Vaccine operations Central Provinces & Berar 1912-1920 - 1912-1920
Year: 1912
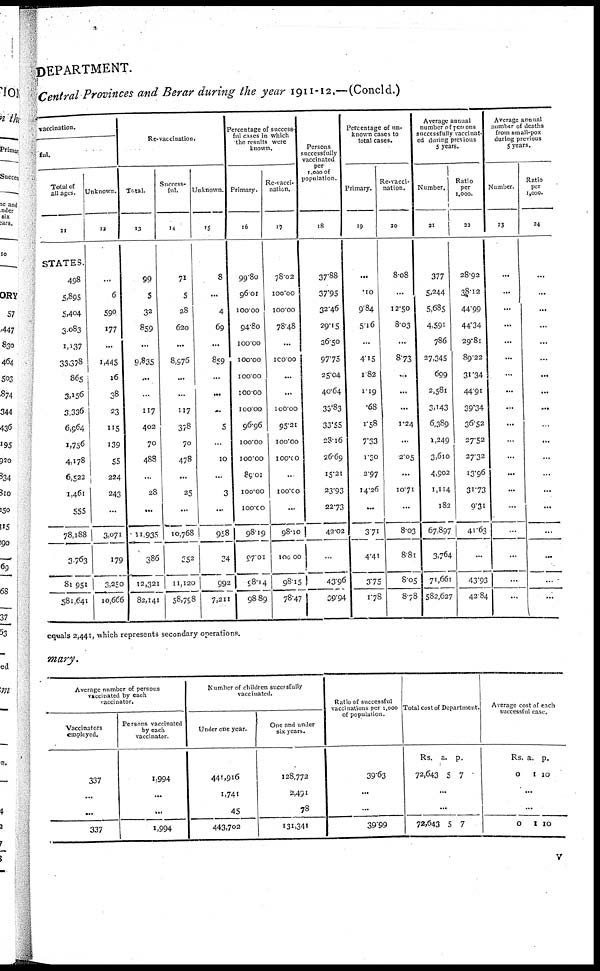
DEPARTMENT.
Central Provinces and Berar during the year 1911-12.—(Concld.)
vaccination.
ful.
Total of
all ages.
11
STATES.
498
5,895
5,404
3,083
1,137
33,378
865
3,156
3,336
6,564
1,756
4,178
6,522
1,461
555
78,188
3,763
81,951
581,641
Unknown.
12
...
6
590
177
...
1,445
16
38
23
115
139
55
224
243
...
3,071
179
3,250
10,666
Re-vaccination.
Total.
13
99
5
32
859
...
9,835
...
...
117
402
70
488
...
28
...
11,935
386
12,321
82,141
Success-
ful.
14
71
5
28
620
...
8,976
...
...
117
378
70
478
...
25
...
10,768
352
11,120
58,798
Unknown.
15
8
...
4
69
...
859
...
...
...
5
...
10
...
3
...
958
34
992
7,211
Percentage of success-
ful cases in which
the results were
known.
Primary.
16
99.80
96.01
100.00
94.80
100.00
100.00
100.00
100.00
100.00
96.96
100.00
100.00
89.01
100.00
100.00
98.19
97.01
98.14
98.89
Re-vacci-
nation.
17
78.02
100.00
100.00
78.48
...
100.00
...
...
100.00
95.21
100.00
100.00
...
100.00
...
98.10
100.00
98.15
78.47
Persons
successfully
vaccinated
per
1,000 of
population.
18
37.88
37.95
32.46
29.15
36.50
97.75
25.04
40.64
33.83
33.55
28.16
26.69
15.21
23.93
22.73
42.02
...
43.96
39.94
Percentage of un-
known cases to
total cases.
Primary.
19
...
.10
9.84
5.16
...
4.15
1.82
1.19
.68
1.58
7.33
1.30
2.97
14.26
...
3.71
4.41
3.75
1.78
Re-vacci-
nation.
20
8.08
...
12.50
8.03
...
8.73
...
...
...
1.24
...
2.05
...
10.71
...
8.03
8.81
8.05
8.78
Average annual
number of persons
successfully vaccinat-
ed during previous
5 years.
Number.
21
377
5,244
5,685
4,591
786
27,345
699
2,581
3,143
6,389
1,249
3,610
4,902
1,114
182
67,897
3,764
71,661
582,627
Ratio
per
1,000.
22
28.92
38.12
44.99
44.34
29.81
89.22
31.34
44.91
39.34
36.52
27.52
27.32
13.96
31.73
9.31
41.63
...
43.93
42.84
Average annual
number of deaths
from small-pox
during previous
5 years.
Number.
23
...
...
...
...
...
...
...
...
...
...
...
...
...
...
...
...
...
...
...
Ratio
per
1,000.
24
...
...
...
...
...
...
...
...
...
...
...
...
...
...
...
...
...
...
...
equals 2,441, which represents secondary operations.
mary.
Average number of persons
vaccinated by each
vaccinator.
Vaccinators
employed.
337
...
...
337
Persons vaccinated
by each
vaccinator.
1,994
...
...
1,994
Number of children successfully
vaccinated.
Under one year.
441,916
1,741
45
443,702
One and under
six years.
128,772
2,491
78
131,341
Ratio of successful
vaccinations per 1,000
of population.
39.63
...
...
39.99
Total cost of Department.
Rs.
72,643
a.
5
p.
7
...
...
72,643 5 7
Average cost of each
successful case.
Rs.
0
a.
1
p.
10
...
...
0
1 10
v